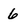
Character: 6